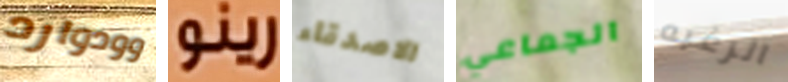
وودوارد رينو الاصدقاء الجماعي الرغبه